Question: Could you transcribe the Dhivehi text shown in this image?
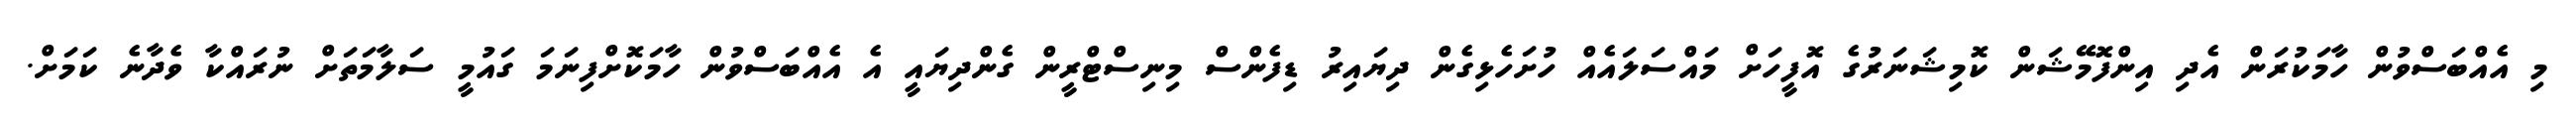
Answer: މި އެއްބަސްވުން ހާމަކުރަން އެދި އިންފޮމޭޝަން ކޮމިޝަނަރުގެ އޮފީހަށް މައްސަލައެއް ހުށަހެޅިގެން ދިޔައިރު ޑިފެންސް މިނިސްޓްރީން ގެންދިޔައީ އެ އެއްބަސްވުން ހާމަކޮށްފިނަމަ ގައުމީ ސަލާމަތަށް ނުރައްކާ ވެދާނެ ކަމަށް.